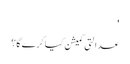
'
عدالتی کمیشن کیا کرے گا؟